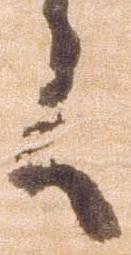
言